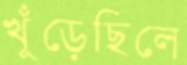
খুঁড়েছিলে